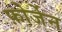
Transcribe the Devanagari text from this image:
फ़ोर्जेन